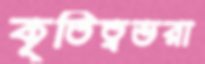
কৃতিত্বভরা